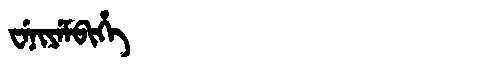
Manchu: ᠸᡝᠨᡳᠶᡝᠮᠪᡳᡥᡝ
Romanization: WENIYEMBIHE